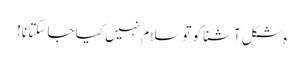
ہ شکل آشنا کو تو سلام نہیں کیا جا سکتا نا!